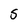
Character: S